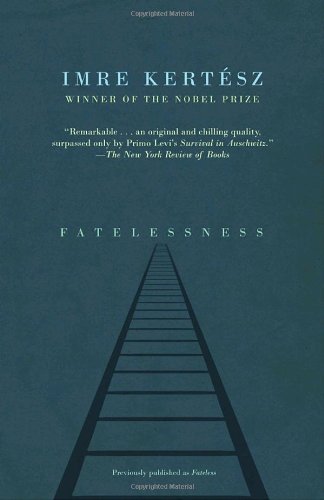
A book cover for Fatelessness; Imre Kertesz; Literature & Fiction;